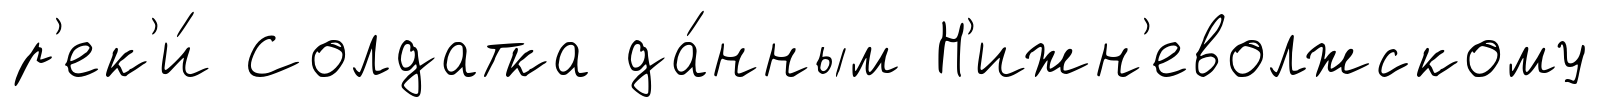
р'ек'и́ Солдатка да́нным Н'ижн'еволжскому